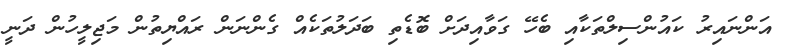
އަންނައިރު ކައުންސިލްތަކާއި ބެހޭ ގަވާއިދަށް ބޮޑެތި ބަދަލުތަކެއް ގެންނަން ރައްޔިތުން މަޖިލީހުން ދަނީ